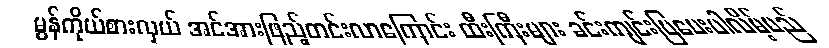
မွန်ကိုယ်စားလှယ် အင်အားဖြည့်တင်းလာကြောင်း ထီးကြီးများ ခင်းကျင်းပြပေးပါလိမ့်မည်